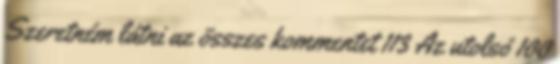
Szeretném látni az összes kommentet 113 Az utolsó 100